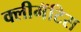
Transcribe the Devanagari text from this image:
क्लीमॅटिस